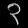
Digit: ၃